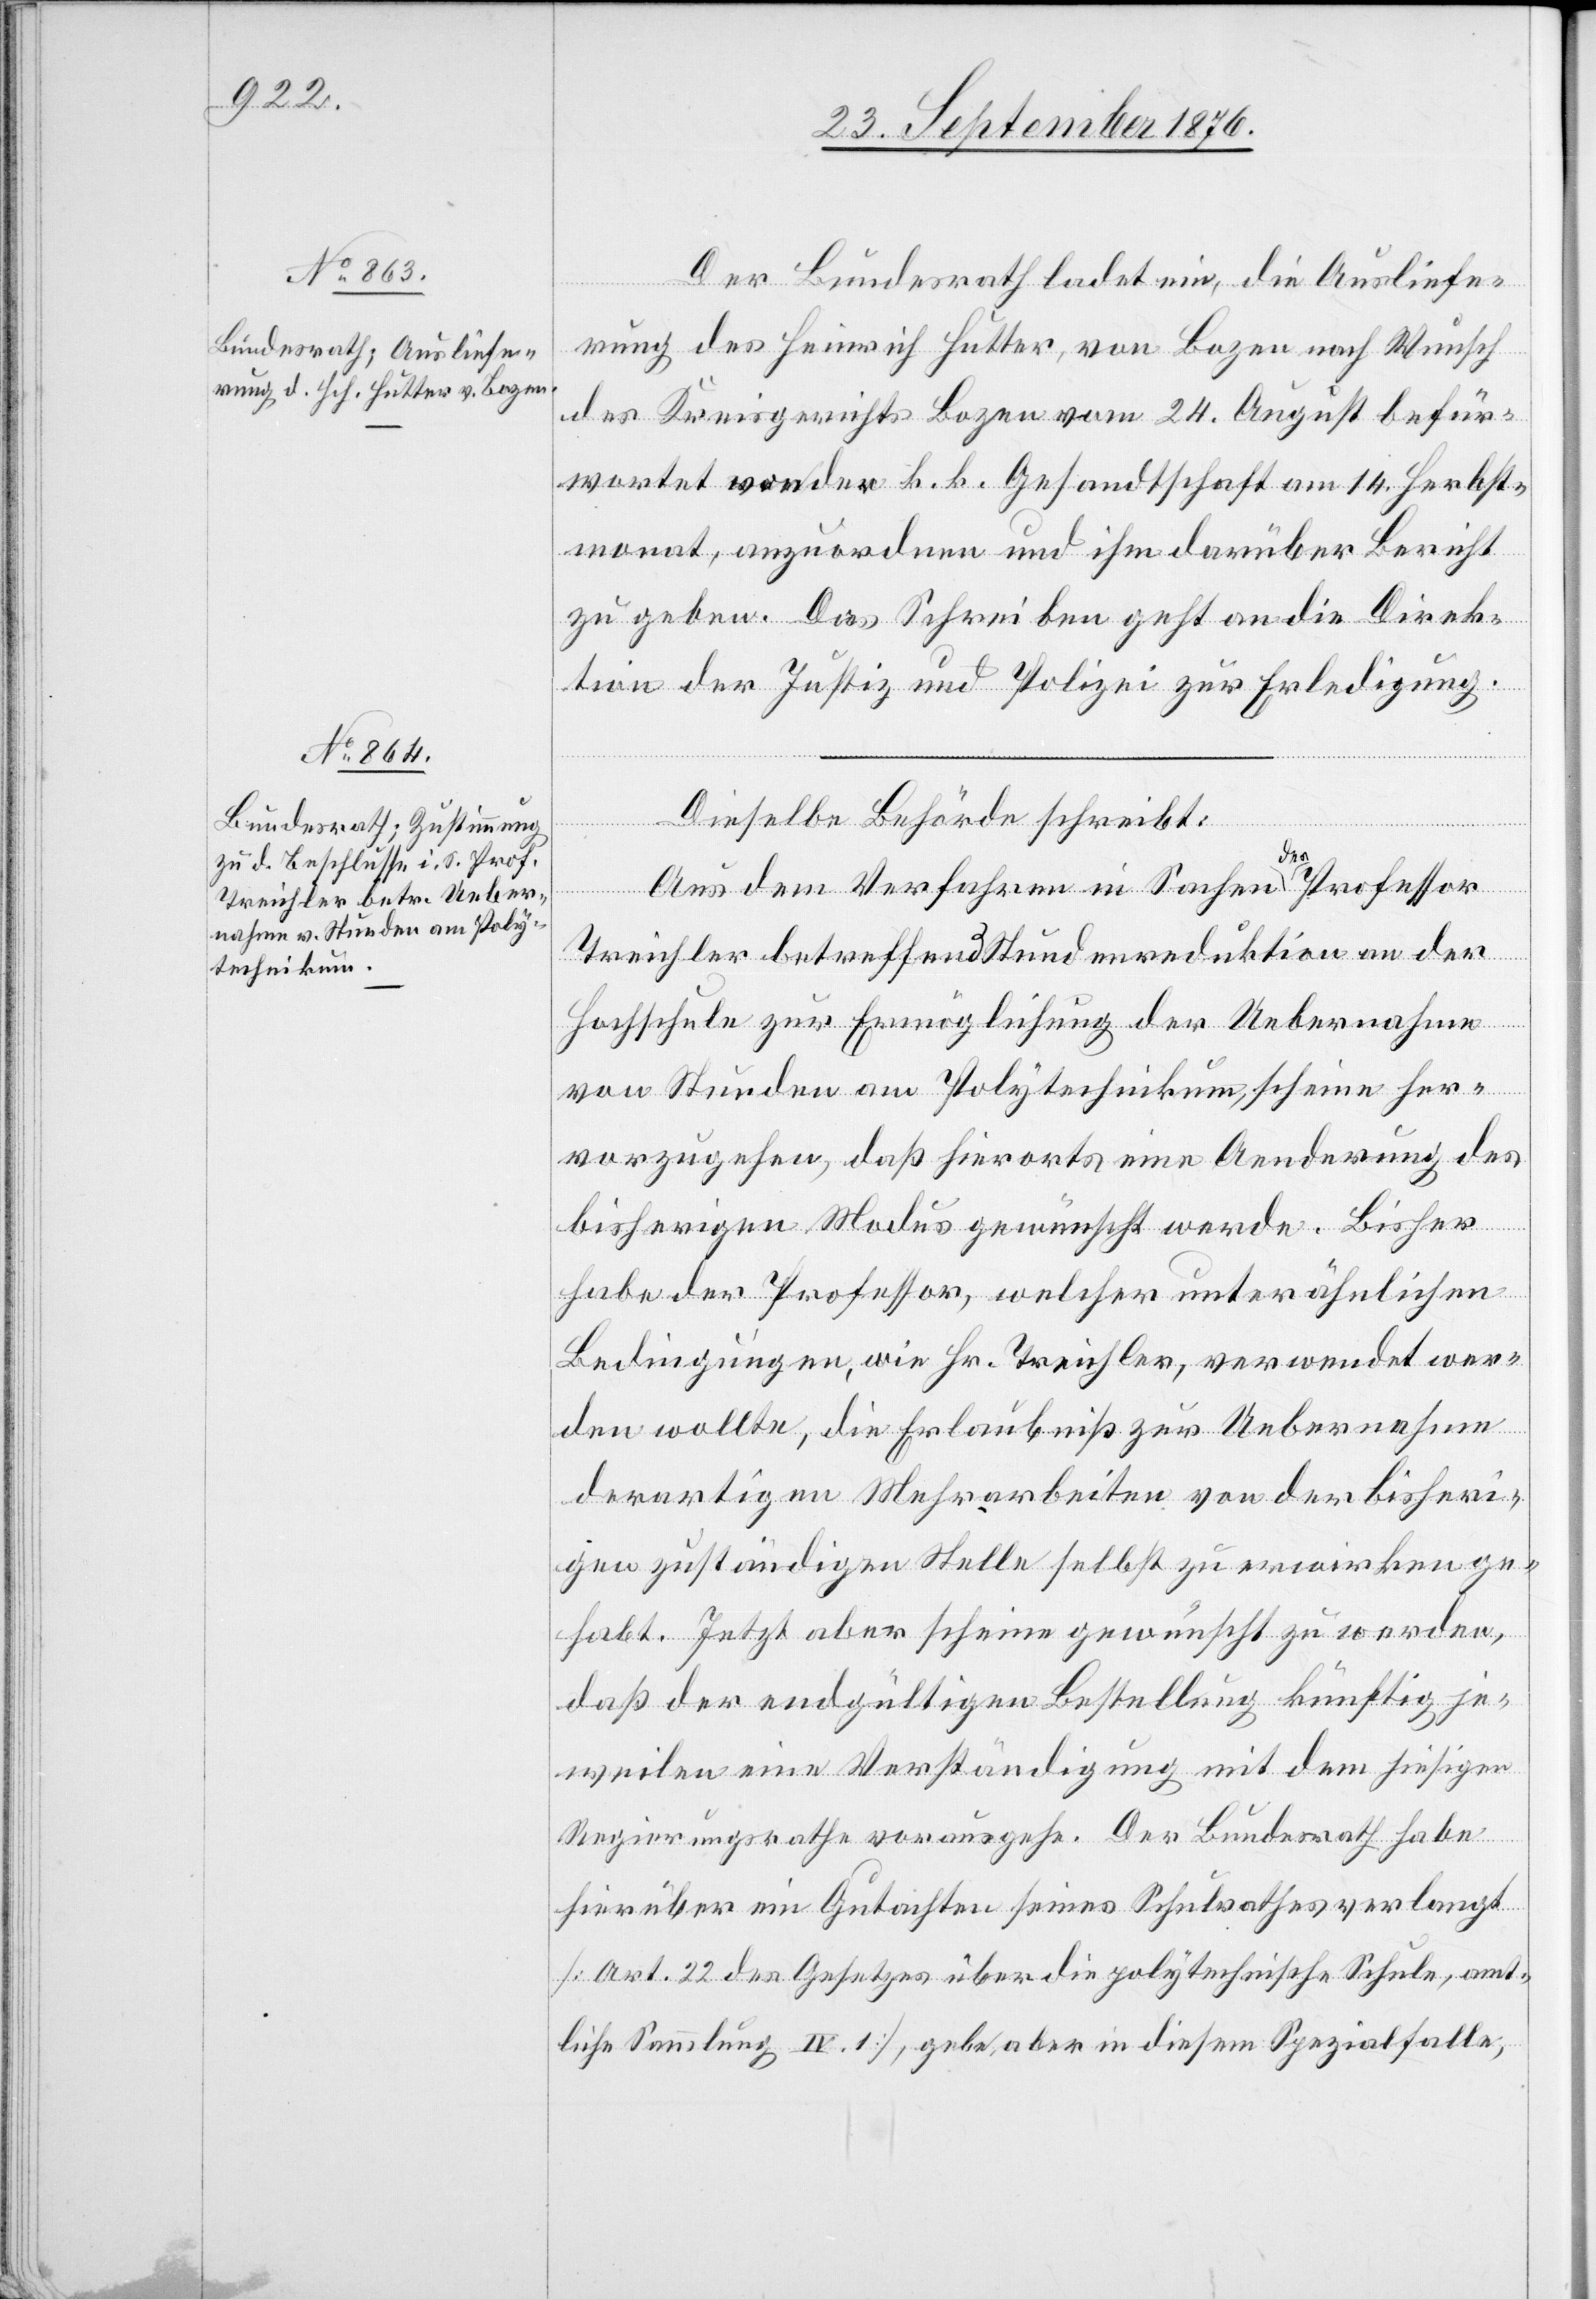
27. September 1876.]
Der Bundesrath ladet ein, die Ausliefe¬
rung des Heinrich Hutter, von Bozen nach Wunsch
des Kreisgerichts Bozen vom 24. August befür¬
wortet von der k. k. Gesandtschaft am 14. Herbst¬
monat, anzuordnen und ihm darüber Bericht
zu geben. Das Schreiben geht an die Direk¬
tion der Justiz und Polizei zur Erledigung.